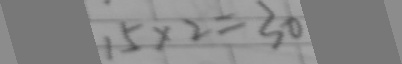
1 5 \times 2 = 3 0